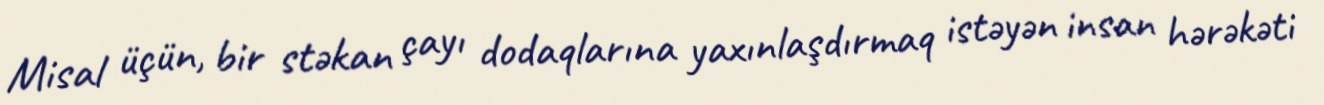
Misal üçün, bir stəkan çayı dodaqlarına yaxınlaşdırmaq istəyən insan hərəkəti